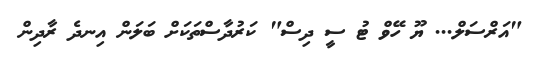
"އަރްސަލް... ޔޫ ހޭވް ޓު ސީ ދިސް" ކަރުދާސްތަކަށް ބަލަން އިނދެ ރާދިން